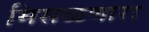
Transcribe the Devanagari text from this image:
मिसळणारा